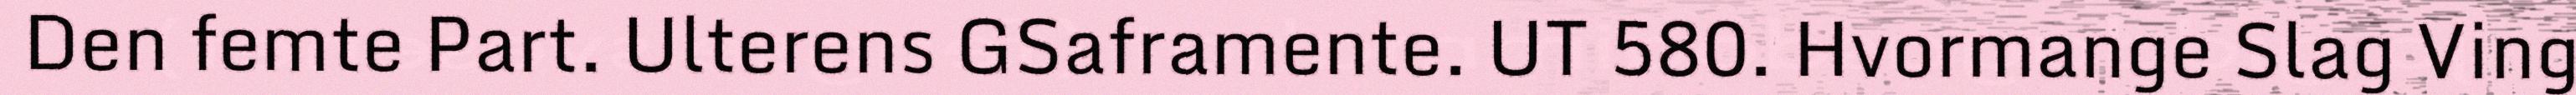
Den femte Part. Ulterens GSaframente. UT 580. Hvormange Slag Ving